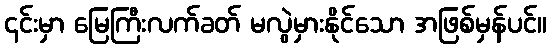
၎င်းမှာ မြေကြီးလက်ခတ် မလွဲမှားနိုင်သော အဖြစ်မှန်ပင်။